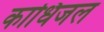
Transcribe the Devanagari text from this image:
काधिजल